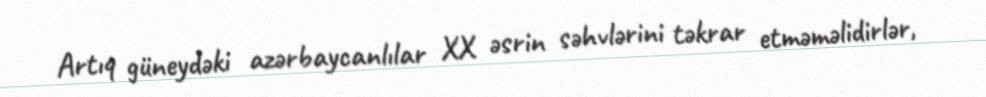
Artıq güneydəki azərbaycanlılar XX əsrin səhvlərini təkrar etməməlidirlər,